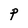
Character: P